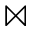
\bowtie